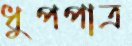
ধুপপাত্র